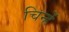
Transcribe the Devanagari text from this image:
चिन्हें